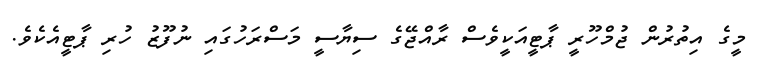
މީގެ އިތުރުން ޖުމްހޫރީ ޕާޓީއަކީވެސް ރާއްޖޭގެ ސިޔާސީ މަސްރަހުގައި ނުފޫޒު ހުރި ޕާޓީއެކެވެ.